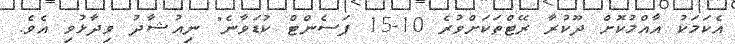
އެކަމަކު އާއްމުކޮށް ދޫކުރާ ރޭޓްތަކަށްވުރެ 10-15 ޕަސެންޓް ކުޑަވާނެ" ނިއުޝާދު ވިދާޅުވި އެވެ.